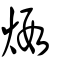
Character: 煆